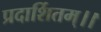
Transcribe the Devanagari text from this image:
प्रदार्शितम्।।